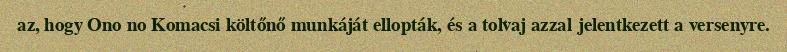
az, hogy Ono no Komacsi költőnő munkáját ellopták, és a tolvaj azzal jelentkezett a versenyre.